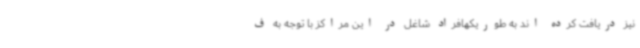
نیز دریافت کرده اند به طوریکهافراد شاغل در این مراکز با توجه به ف